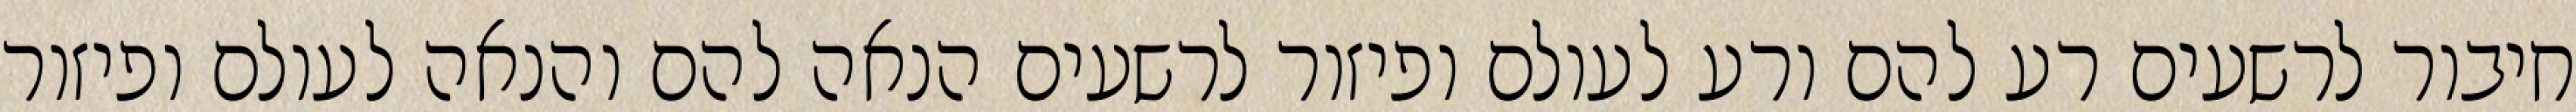
חיבור לרשעים רע להם ורע לעולם ופיזור לרשעים הנאה להם והנאה לעולם ופיזור